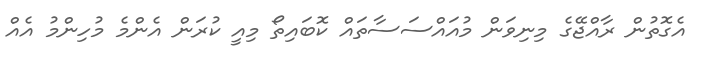
އެގޮތުން ރާއްޖޭގެ މިނިވަން މުއައްސަސާތައް ކޮބައިތޯ މިއީ ކުރަން އެންމެ މުހިންމު އެއް